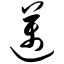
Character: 迈